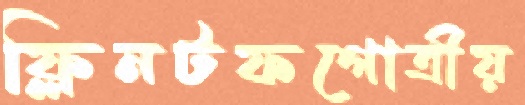
ফ্লিনটফগোত্রীয়